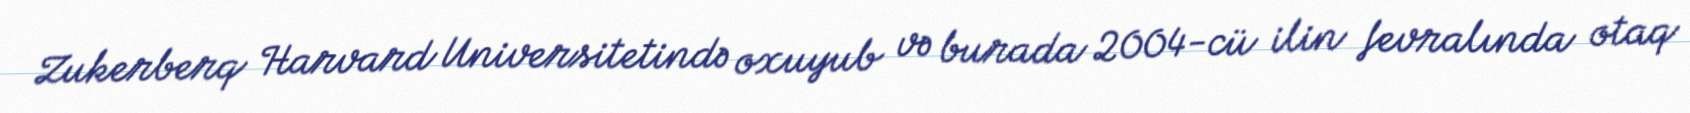
Zukerberq Harvard Universitetində oxuyub və burada 2004-cü ilin fevralında otaq